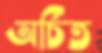
অর্চিত